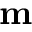
\mathbf m